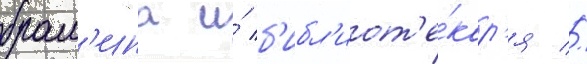
брам'ина и́ б'ибл'иот'е́кар'я //